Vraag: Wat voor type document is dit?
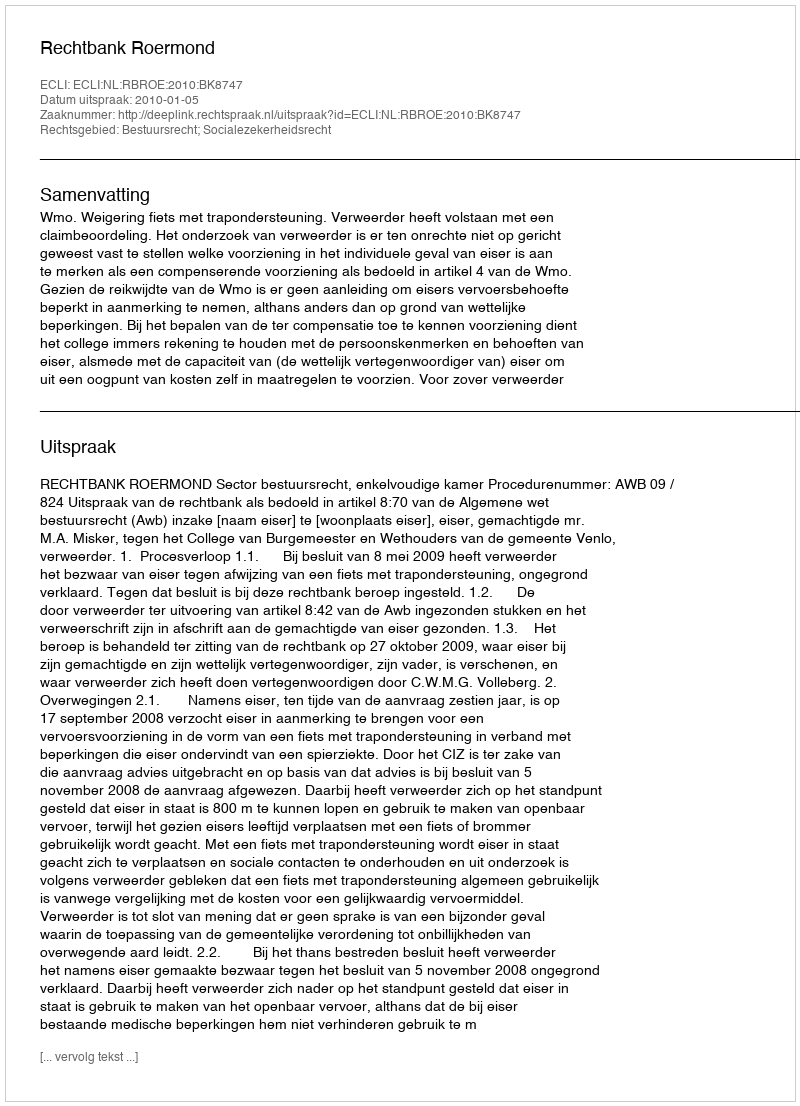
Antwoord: Uitspraak